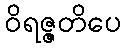
ဝိရဇ္ဇတိပေ